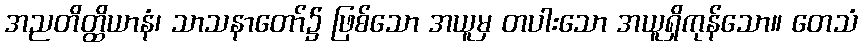
အညတိတ္ထိယာနံ၊ သာသနာတော်၌ ဖြစ်သော အယူမှ တပါးသော အယူရှိကုန်သော။ တေသံ